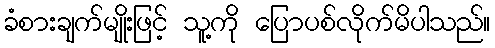
ခံစားချက်မျိုးဖြင့် သူ့ကို ပြောပစ်လိုက်မိပါသည်။